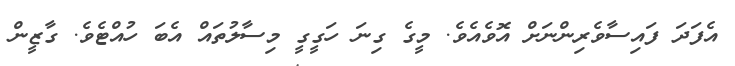
އެފަދަ ފައިސާވެރިންނަށް އޮވެއެވެ. މީގެ ގިނަ ހަގީގީ މިސާލުތައް އެބަ ހުއްޓެވެ. ގާޒީން